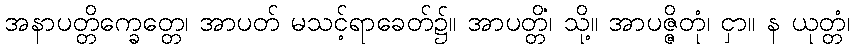
အနာပတ္တိက္ခေတ္တေ၊ အာပတ် မသင့်ရာခေတ်၌။ အာပတ္တိံ၊ သို့။ အာပဇ္ဇိတုံ၊ ငှာ။ န ယုတ္တံ၊